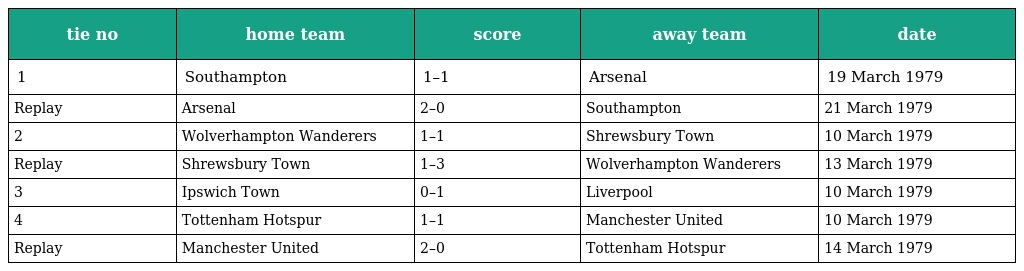
| tie no | home team | score | away team | date |
 | --- | --- | --- | --- | --- |
 | 1 | Southampton | 1–1 | Arsenal | 19 March 1979 |
 | Replay | Arsenal | 2–0 | Southampton | 21 March 1979 |
 | 2 | Wolverhampton Wanderers | 1–1 | Shrewsbury Town | 10 March 1979 |
 | Replay | Shrewsbury Town | 1–3 | Wolverhampton Wanderers | 13 March 1979 |
 | 3 | Ipswich Town | 0–1 | Liverpool | 10 March 1979 |
 | 4 | Tottenham Hotspur | 1–1 | Manchester United | 10 March 1979 |
 | Replay | Manchester United | 2–0 | Tottenham Hotspur | 14 March 1979 |